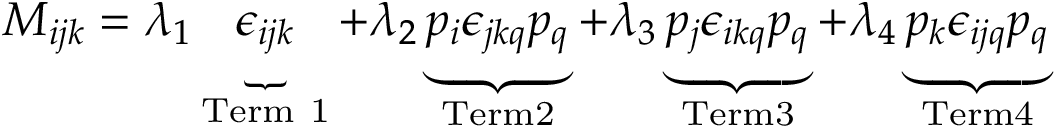
M _ { i j k } = \lambda _ { 1 } \underbrace { \epsilon _ { i j k } } _ { \mathrm { T e r m ~ 1 } } + \lambda _ { 2 } \underbrace { p _ { i } \epsilon _ { j k q } p _ { q } } _ { \mathrm { T e r m 2 } } + \lambda _ { 3 } \underbrace { p _ { j } \epsilon _ { i k q } p _ { q } } _ { \mathrm { T e r m 3 } } + \lambda _ { 4 } \underbrace { p _ { k } \epsilon _ { i j q } p _ { q } } _ { \mathrm { T e r m 4 } }